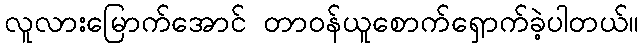
လူလားမြောက်အောင် တာဝန်ယူစောက်ရှောက်ခဲ့ပါတယ်။